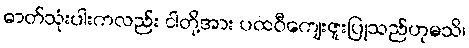
ဓာတ်သုံးပါးကလည်း ငါတို့အား ပထဝီကျေးဇူးပြုသည်ဟုမသိ၊